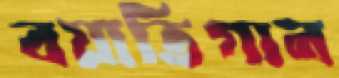
বয়াতিগান